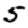
Digit: 5